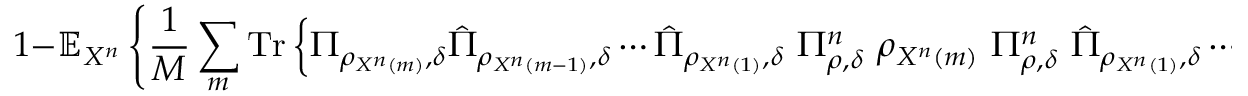
1 - \mathbb { E } _ { X ^ { n } } \left\{ { \frac { 1 } { M } } \sum _ { m } { \mathrm { T r } } \left\{ \Pi _ { \rho _ { X ^ { n } \left( m \right) } , \delta } { \hat { \Pi } } _ { \rho _ { X ^ { n } \left( m - 1 \right) } , \delta } \cdots { \hat { \Pi } } _ { \rho _ { X ^ { n } \left( 1 \right) } , \delta } \ \Pi _ { \rho , \delta } ^ { n } \ \rho _ { X ^ { n } \left( m \right) } \ \Pi _ { \rho , \delta } ^ { n } \ { \hat { \Pi } } _ { \rho _ { X ^ { n } \left( 1 \right) } , \delta } \cdots { \hat { \Pi } } _ { \rho _ { X ^ { n } \left( m - 1 \right) } , \delta } \Pi _ { \rho _ { X ^ { n } \left( m \right) } , \delta } \right\} \right\} .